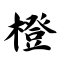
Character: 橙